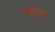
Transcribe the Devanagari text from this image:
हराय